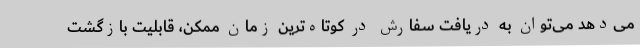
می‌‌دهد می‌توان به دریافت سفارش در کوتاه‌ترین زمان ممکن، قابلیت بازگشت